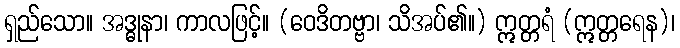
ရှည်သော။ အဒ္ဓုနာ၊ ကာလဖြင့်။ (ဝေဒိတဗ္ဗာ၊ သိအပ်၏။) ဣတ္တရံ (ဣတ္တရေန)၊